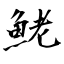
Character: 鮱